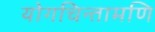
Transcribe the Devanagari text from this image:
योगचिन्तामणि